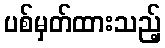
ပစ်မှတ်ထားသည့်